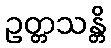
ဥတ္တသန္တိ